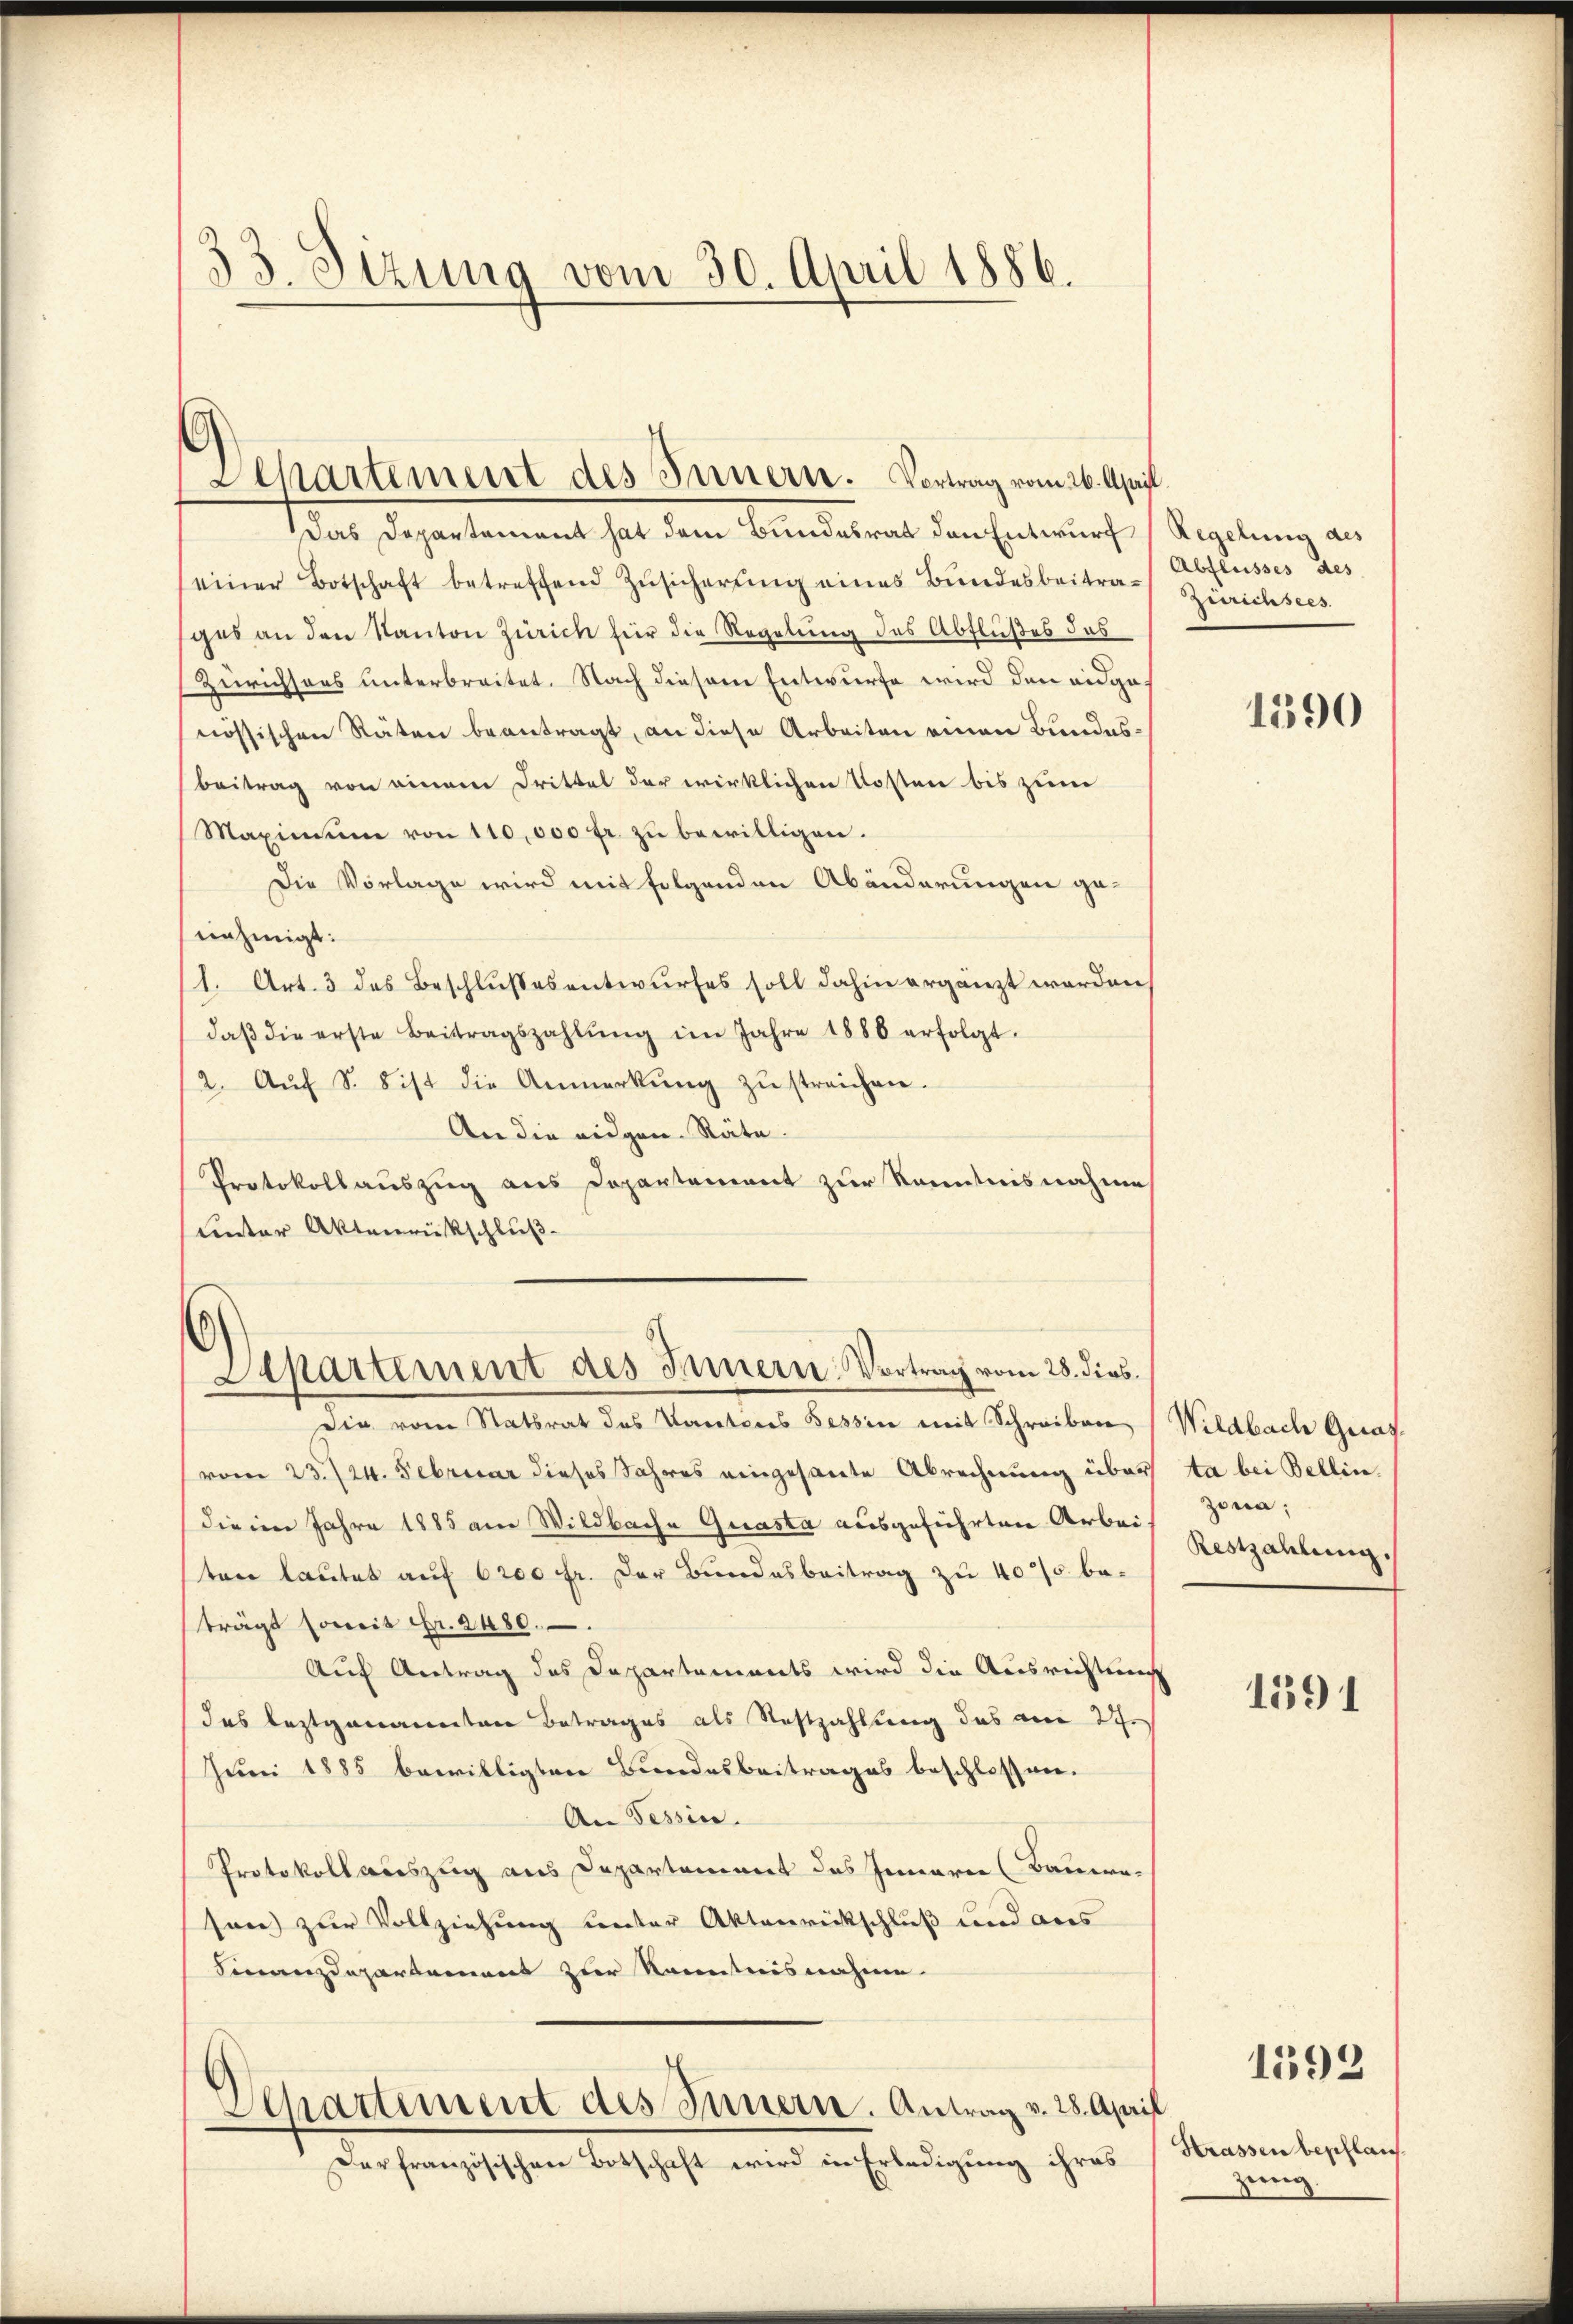
3)
3. Sizung vom 30. April 1886.

Das Departement hat dem Bundesrat den Entwurf (Regelung des
einer Botschaft betreffend Zŭsicherŭng eines Bundesbeitrages an den Kanton Zürich für die Regelung des Abflußes das
Zürichsens unterbreitet. Nach diesem Entwurfe wird den eidgenössischen Räten beantragt, an diese Arbeiten einen Bundesbeitrag von einem Drittel der wirklichen Kosten bis zum
Maximum von 110,000 fr. zu bewilligen.
Die Vorlage wird mit folgenden Abänderungen genehmigt:
(1. Art. 3 des Beschlußesentwurfes soll dahin ergänzt werden,
daβ die erste Beitragszahlŭng im Jahre 1886 erfolgt.
2. Aŭf S. 8 ist die Anmerkŭng zŭ streichen.
An die eidgen. Räte.
Protokollauszug aus Departement zur Kenntnisnahme
unter Aktenrückschluß

Departement des Innern. Vortrag vom 26. April

Die vom Statsrat des Kantons Tessin mit Schreiben (Wildbach Graz
vom 23./24. Februar dieses Jahres eingesante Abrechnung über ta bei Bellin.
die im Jahre 1885 am Wildbache Quasta ausgeführten Arbei
ten lautet auf 6200 fr. der Bundesbeitrag zu 40% beträgt soweit Fr. 2480.
Auf Antrag des Departements wird die Ausrichtung
das leztgenannten Betrages als Restzahlung des am 27.
Juni 1885 bewilligten Bundesbeitrages beschlossner-
An Tessin.
Protokollauszug aus Departement des Inneren (Bauern.
son) zur Vollziehung unter Aktenrückschluß und aus
Finanzdepartement zur Kenntnisnahme.
Departement des Innern. Antrag v. 28. April
Derfranzösischen Botschaft wird in Erledigung ihres

Departement des Innern Vortrag vom 28. dies

Abflusses des
zimmensees.

1390

Zona;
Restzahlung.

1591

1592

Strassen beschlauch.
zung.